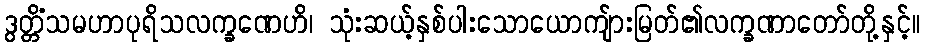
ဒွတ္တိံသမဟာပုရိသလက္ခဏေဟိ၊ သုံးဆယ့်နှစ်ပါးသောယောကျ်ားမြတ်၏လက္ခဏာတော်တို့နှင့်။